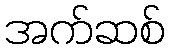
အက်ဆစ်